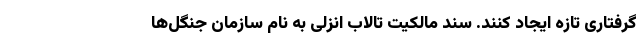
گرفتاری تازه ایجاد کنند. سند مالکیت تالاب انزلی به نام سازمان جنگل‌ها